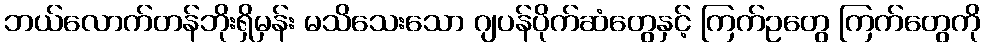
ဘယ်လောက်တန်ဘိုးရှိမှန်း မသိသေးသော ဂျပန်ပိုက်ဆံတွေနှင့် ကြက်ဥတွေ ကြက်တွေကို